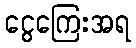
ငွေကြေးအရ